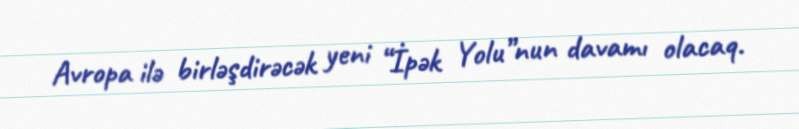
Avropa ilə birləşdirəcək yeni “İpək Yolu”nun davamı olacaq.